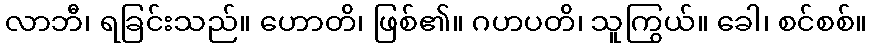
လာဘီ၊ ရခြင်းသည်။ ဟောတိ၊ ဖြစ်၏။ ဂဟပတိ၊ သူကြွယ်။ ခေါ၊ စင်စစ်။